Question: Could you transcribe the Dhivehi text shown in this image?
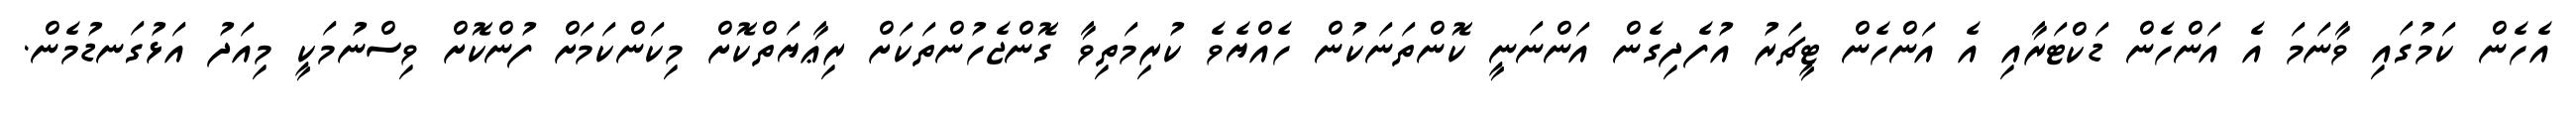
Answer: އެހެން ކަމުގައި ވާނަމަ އެ އަންހެން ޑަކްޓަރާއި އެ އަންހެން ޓީޗަރު އުފެދިގެން އަންނަނީ ކޮންތަނަކުން ހެއްޔެވެ ކުރިމަތިވާ ގޮންޖެހުންތަކަށް ރިޢާޔަތްކޮށް މިކަންކަމަށް ފުންކޮށް ވިސްނުމަކީ މިއަދު އަޅުގަނޑުމެން.